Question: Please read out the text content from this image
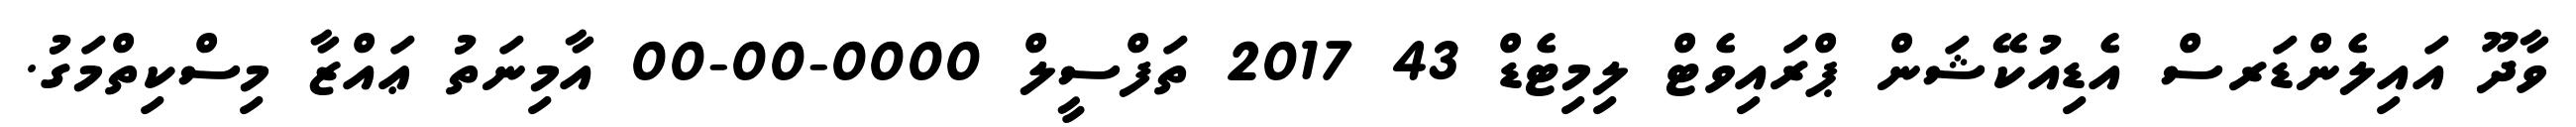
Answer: ވާދޫ އައިލެންޑަރސް އެޑިއުކޭޝަން ޕްރައިވެޓް ލިމިޓެޑް 43 2017 ތަފްސީލް 0000-00-00 އާމިނަތު ޢައްޒާ މިސްކިތްމަގު.